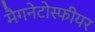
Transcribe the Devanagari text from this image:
मैगनेटोस्फीयर